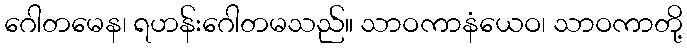
ဂေါတမေန၊ ရဟန်းဂေါတမသည်။ သာဝကာနံယေဝ၊ သာဝကာတို့